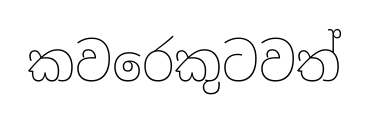
කවරෙකුටවත්